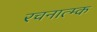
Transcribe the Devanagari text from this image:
रचनात्म्क